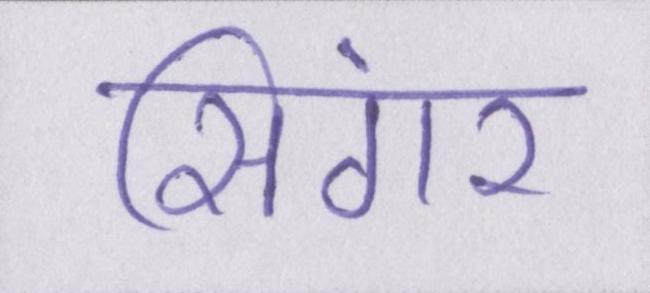
सिंगर